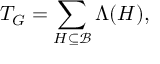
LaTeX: T _ { G } = \sum _ { H \subseteq \mathcal { B } } \Lambda ( H ) ,